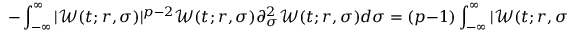
- \int _ { - \infty } ^ { \infty } | \mathcal { W } ( t ; r , \sigma ) | ^ { p - 2 } \mathcal { W } ( t ; r , \sigma ) \partial _ { \sigma } ^ { 2 } \mathcal { W } ( t ; r , \sigma ) d \sigma = ( p - 1 ) \int _ { - \infty } ^ { \infty } | \mathcal { W } ( t ; r , \sigma ) | ^ { p - 2 } ( \partial _ { \sigma } \mathcal { W } ( t ; r , \sigma ) ) ^ { 2 } d \sigma \geq 0 ,